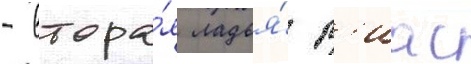
- втора́я ладья́ р'иас